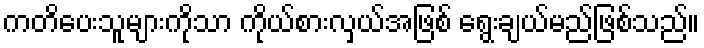
ကတိပေးသူများကိုသာ ကိုယ်စားလှယ်အဖြစ် ရွေးချယ်မည်ဖြစ်သည်။